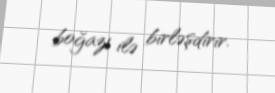
boğazı ilə birləşdirir.